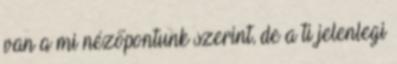
van a mi nézőpontunk szerint, de a ti jelenlegi